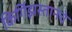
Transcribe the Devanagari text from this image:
किर्गिझस्तानचे